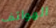
الهواتف